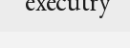
executry